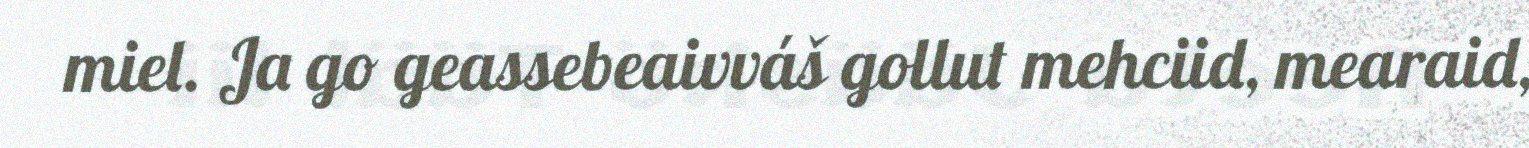
miel. Ja go geassebeaivváš gollut mehciid, mearaid,